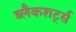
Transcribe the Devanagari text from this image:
ब्लैकशर्ट्स